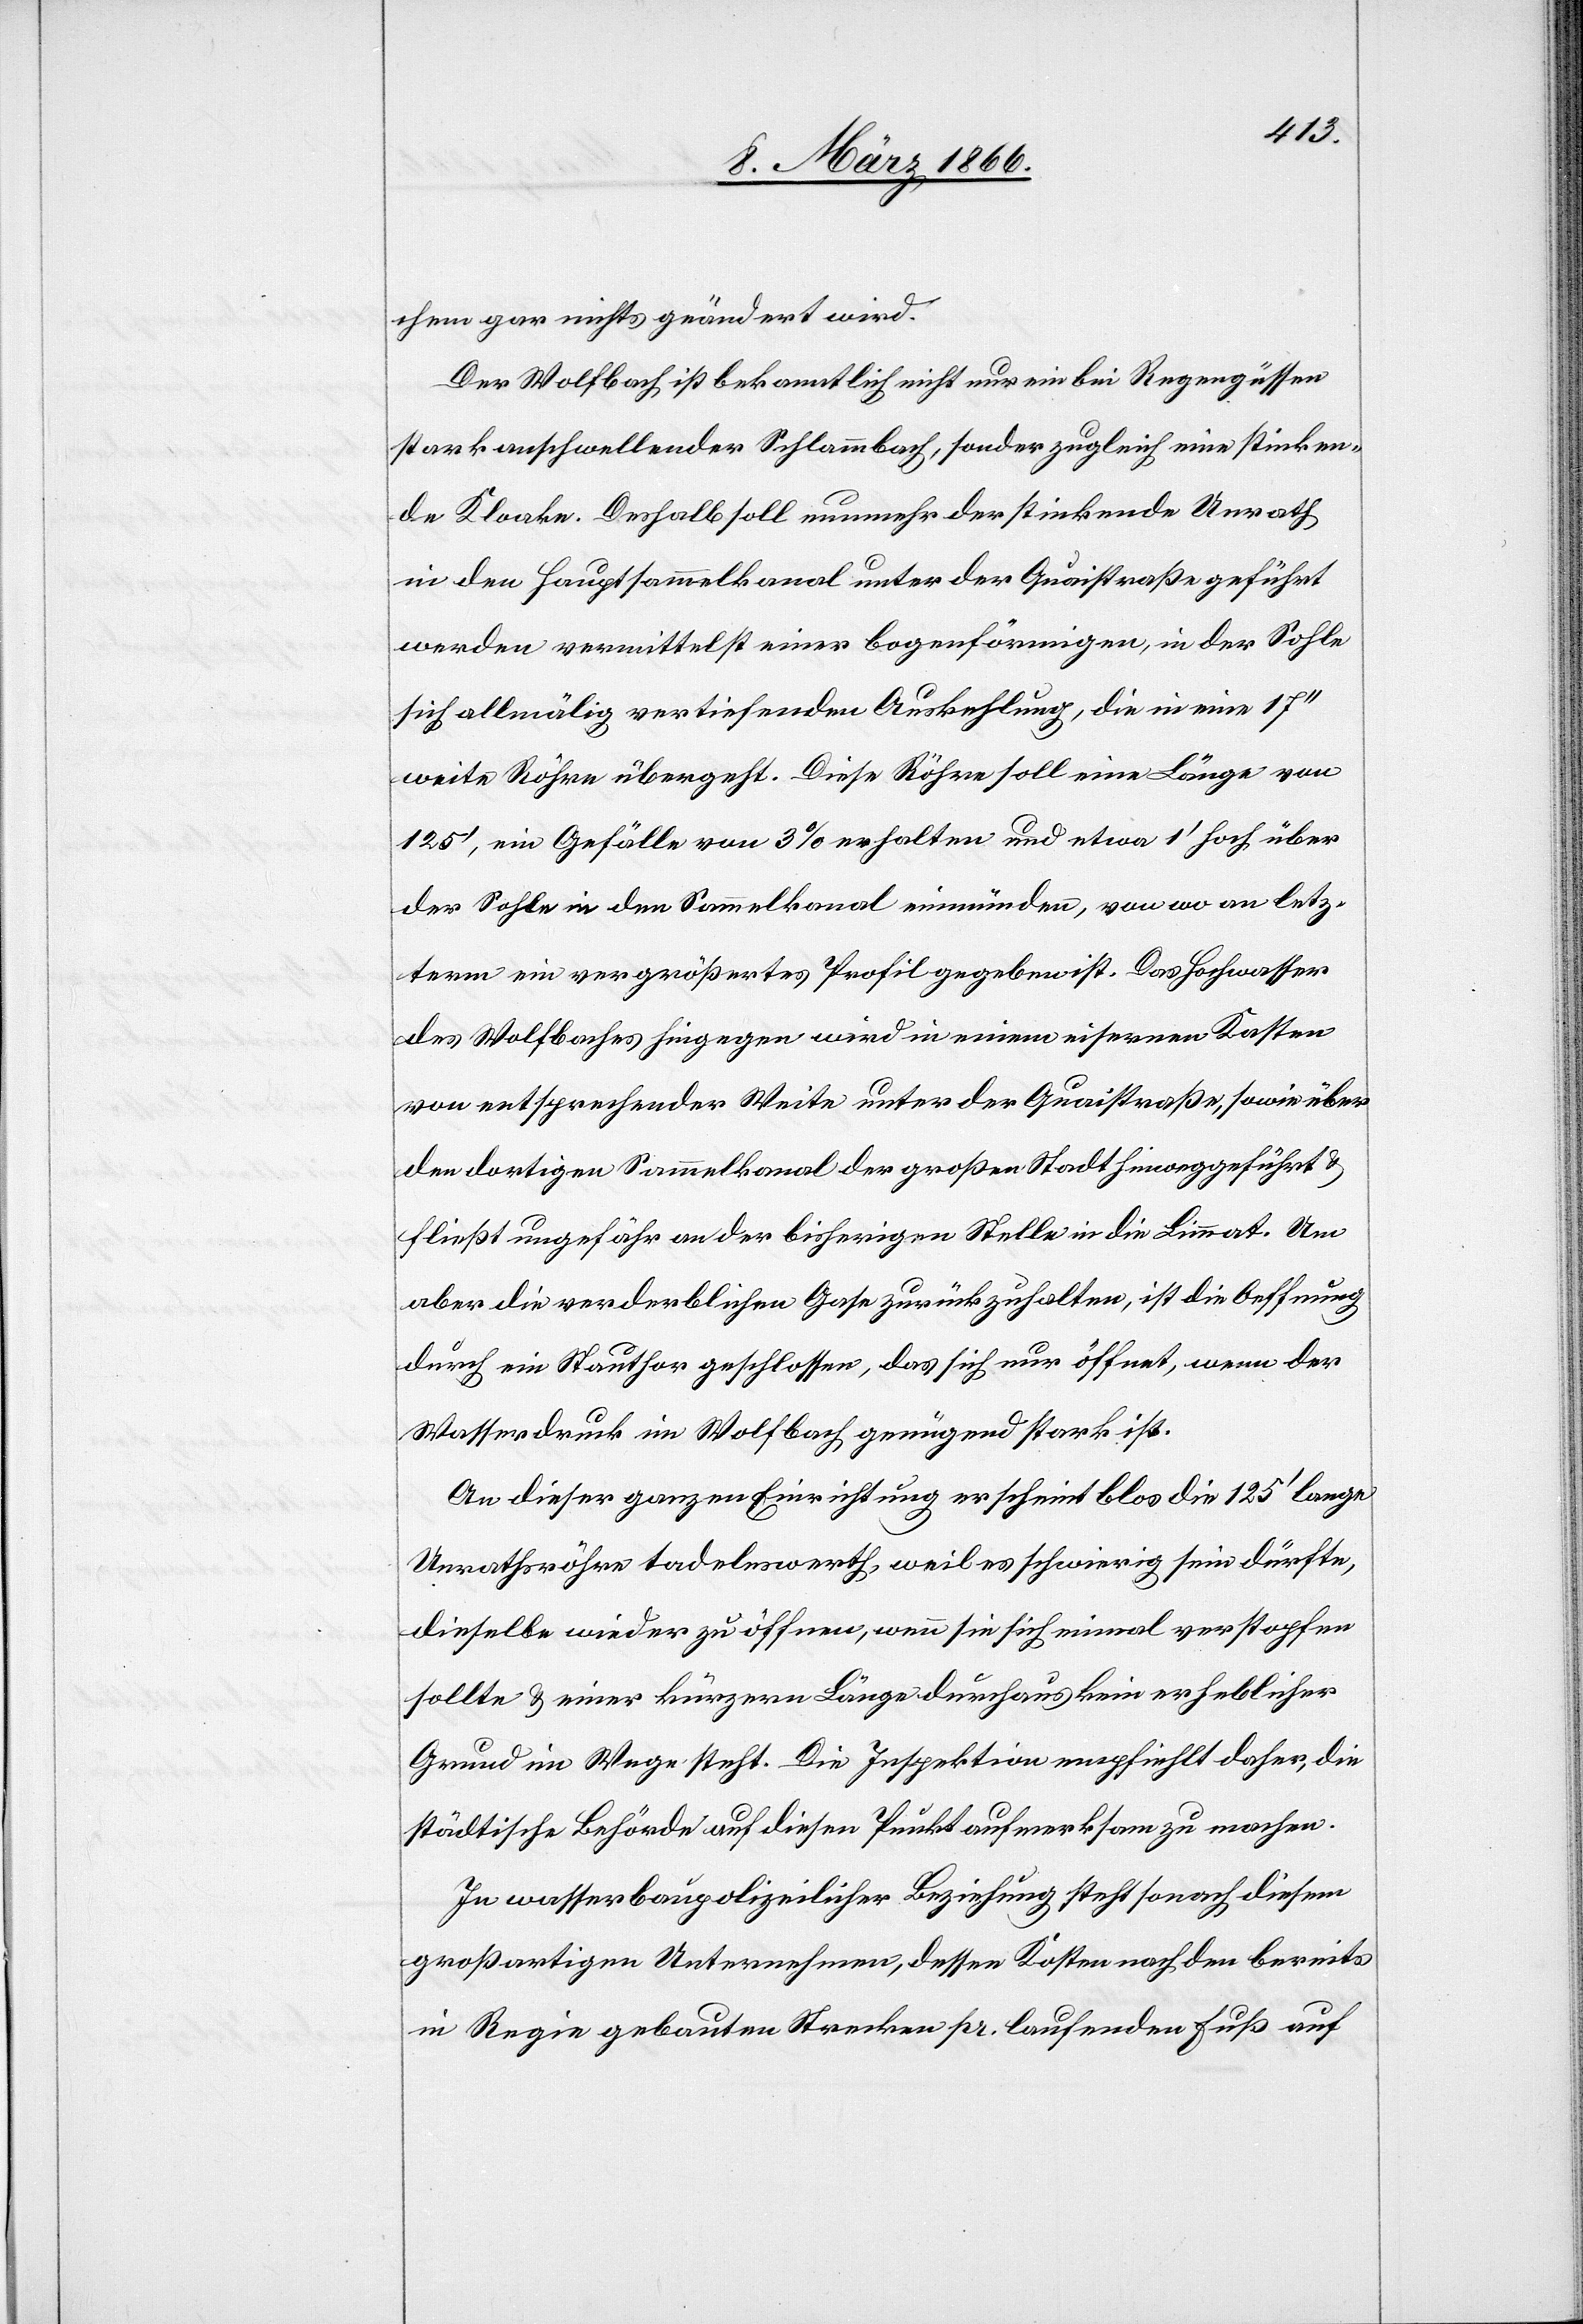
chem gar nichts geändert wird.
Der Wolfbach ist bekanntlich nicht nur ein bei Regengüssen
stark anschwellender Schlammbach, sondern zugleich eine stinken¬
de Kloake. Deshalb soll nunmehr der stinkende Unrath
in den Hauptsammelkanal unter der Quaistraße geführt
werden vermittelst einer bogenförmigen, in der Sohle
sich allmälig vertiefenden Auskehlung, die in eine 17‘‘
weite Röhre übergeht. Diese Röhre soll eine Länge von
125‘, ein Gefälle von 3 % erhalten und etwa 1‘ hoch über
der Sohle in den Sammelkanal einmünden, von wo an letz¬
term ein vergrößertes Profil gegeben ist. Das Hochwasser
des Wolfbaches hingegen wird in einem eisernen Kasten
von entsprechender Weite unter der Quaistraße, sowie über
den dortigen Sammelkanal der großen Stadt hinweggeführt u.
fließt ungefähr an der bisherigen Stelle in die Limmat. Um
aber die verderblichen Gase zurückzuhalten, ist die Oeffnung
durch ein Stauthor geschlossen, das sich nur öffnet, wenn der
Wasserdruck im Wolfbach genügend stark ist.
An dieser ganzen Einrichtung erscheint blos die 125‘ lange
Unrathsröhre tadelnswerth, weil es schwierig sein dürfte,
dieselbe wieder zu öffnen, wenn sie sich einmal verstopfen
sollte u. einer kürzern Länge durchaus kein erheblicher
Grund im Wege steht. Die Inspektion empfiehlt daher, die
städtische Behörde auf diesen Punkt aufmerksam zu machen.
In wasserbaupolizeilicher Beziehung steht sonach diesem
großartigen Unternehmen, dessen Kosten nach den bereits
in Regie gebauten Strecken pr. laufenden Fuß auf